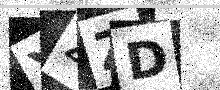
Text: YZZD